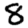
Digit: 8